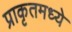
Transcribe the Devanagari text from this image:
प्राकृतमध्ये